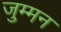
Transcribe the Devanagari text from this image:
जुम्मन